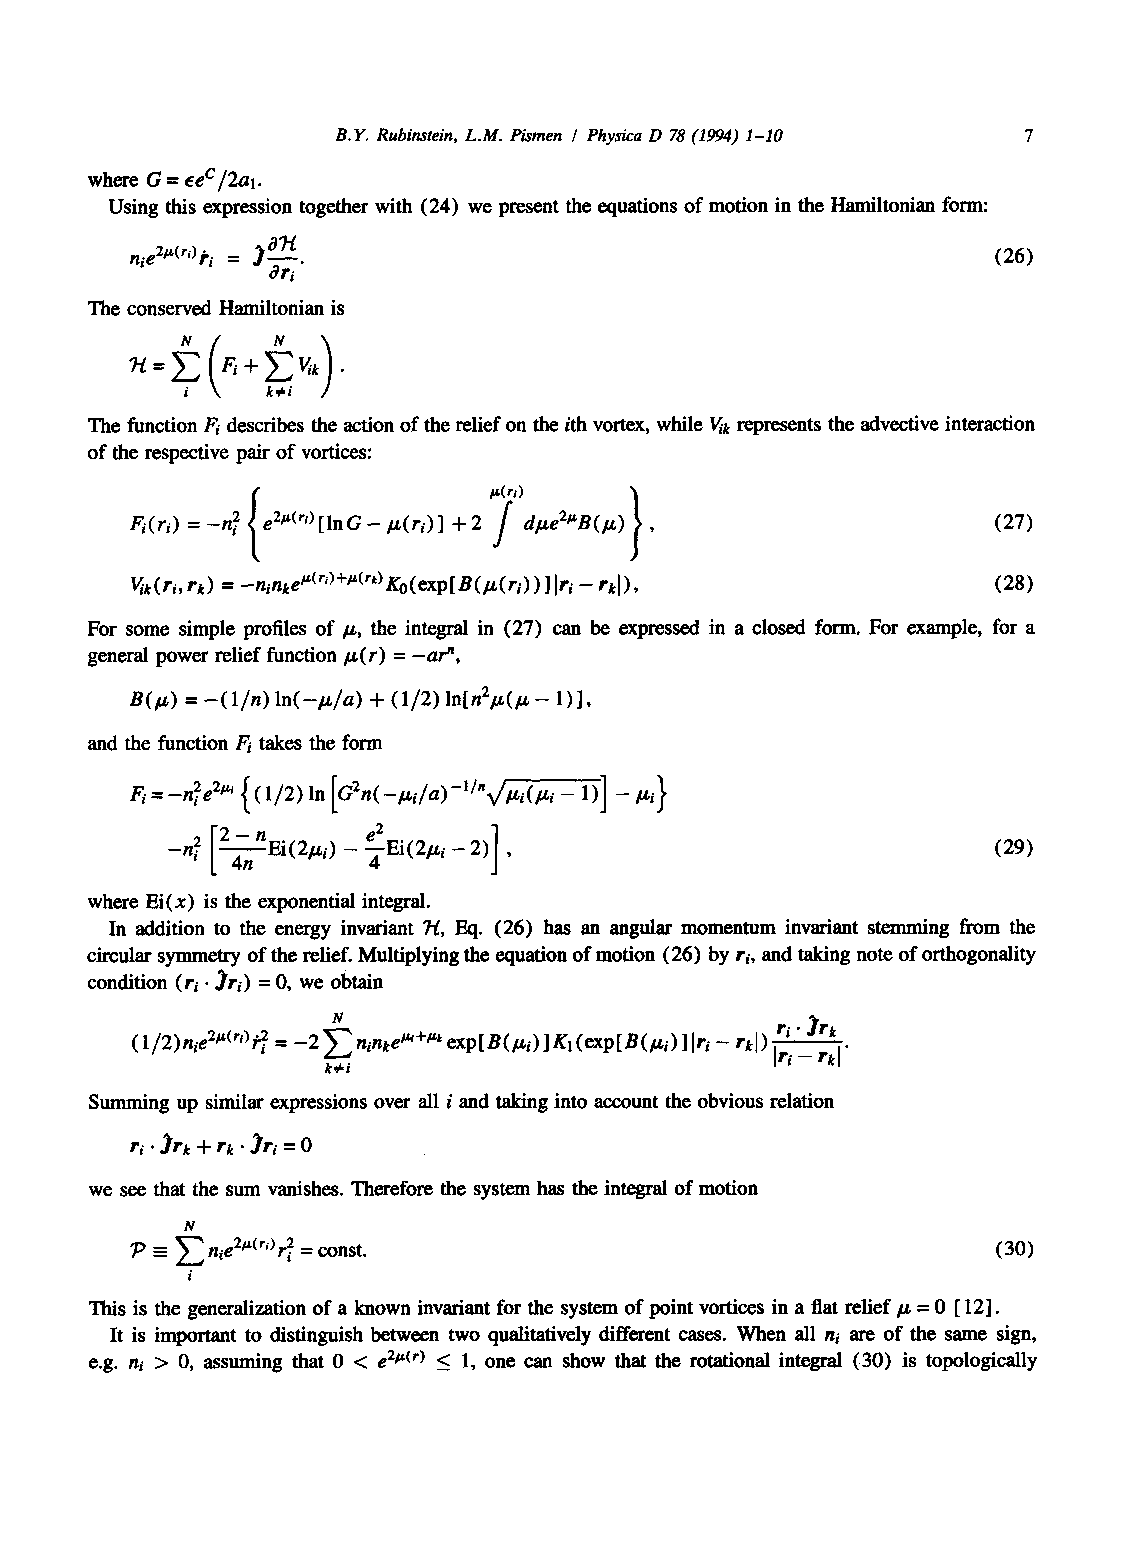
B.Y. Rubinstein, L.M. Pismen I Physica D 78 (1994) I-I0
 where G = eeC /2al.
 Using this expression together with (24) we present the equations of motion in the Hamiltonian form:
 nie21~(rD i, i = .~al"
 c~ri "                                          (26)
 The conserved Hamiltonian is
 ~;y'~. N+  v~ .
 The function F/describes the action of the relief on the ith vortex, while V/k represents the advective interaction
 of the respective pair of vortices:
 {               ":        I
 Fi(ri) = -n~ e2~(r')lnG - ~(ri) + 2 dl~e2~B(l~) ,        (27)
 Vik(ri, rk) = -ninke~(r')+~(rk) Ko(exp B(l~(ri) ) lri - rkl), (28)
 For some simple profiles of/~, the integral in (27) can be expressed in a closed form. For example, for a
 general power relief function/z(r) = -am,
 lnn2/~(/~
 B(/.L) = --(l/n) ln(--/~/a) + (1/2) - 1),
 and the function F/takes the form
 {(1/2)lnG2n(-I~i/a)-l/n~/l~i(l~i- 1) - g,}
 Fi=-n2ie 2~
 where Ei(x) is the exponential integral.
 In addition m the energy invmiant ~, FN . (26) has an angular momentum invariant stemming from the
 circular symmetry of the relief. Multiplying the equation of motion (26) by ri, and taking note of orthogonality
 condition (r i • ~ri) = O, we obtain
 N                            ri " ~/'k
 ( 1/2)nie2Utr')?2i = -2 E ninke~+~' exp B(/zi) Ki (exp B(/zi) lri - rkl) Iri--~kl"
 k~i
 Summing up similar expressions over all i and taking into account the obvious relation
 ri " )rk + rk " ~ri = O
 we see that the sum vanishes. Therefore the system has the integral of motion
 N
 "P =_ E nie2~(~) r2i = const.                            (30)
 i
 This is the generalization of a known invariant for the system of point vortices in a flat relief/~ = 0 12.
 It is important to distinguish between two qualitatively different cases. When all ni are of the same sign,
 e.g. ni > 0, assuming that 0 < e 2~(r) < 1, one can show that the rotational integral (30) is topologically